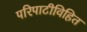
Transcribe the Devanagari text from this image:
परिपाटीविहित